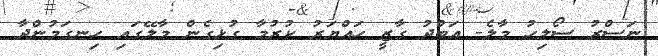
ނަސްރު ސޯލިހު މާލެ- އަބްދު ގާޒީ ހައްޔަރު ކުރުމާ ގުޅިގެން މާލޭގައި ހިނގަމުންދާ